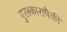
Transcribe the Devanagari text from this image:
पुरस्कारापैकी